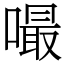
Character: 嘬